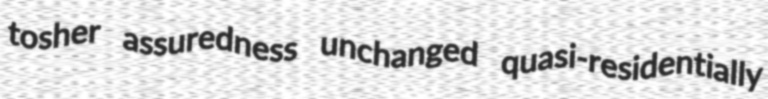
tosher assuredness unchanged quasi-residentially